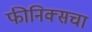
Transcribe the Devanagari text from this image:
फीनिक्सचा